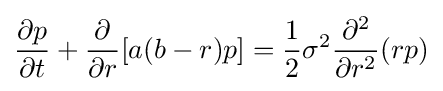
{\partial p \over {\partial t}}+{\partial  \over {\partial r}}[a(b-r)p]={1 \over {2}}\sigma ^{2}{\partial ^{2} \over {\partial r^{2}}}(rp)